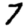
Digit: 7